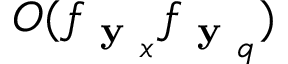
O ( f _ { \textbf { y } _ { x } } f _ { \textbf { y } _ { q } } )